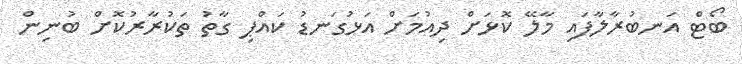
ބޯޓް އަނބުރާލާފައި މާލޭ ކޮޅަށް ދިއުމަށް އަޅުގަނޑު ކައްޕި ގާތު ތަކުރާރުކޮށް ބުނިން